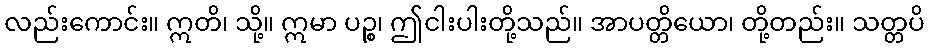
လည်းကောင်း။ ဣတိ၊ သို့။ ဣမာ ပဉ္စ၊ ဤငါးပါးတို့သည်။ အာပတ္တိယော၊ တို့တည်း။ သတ္တပိ